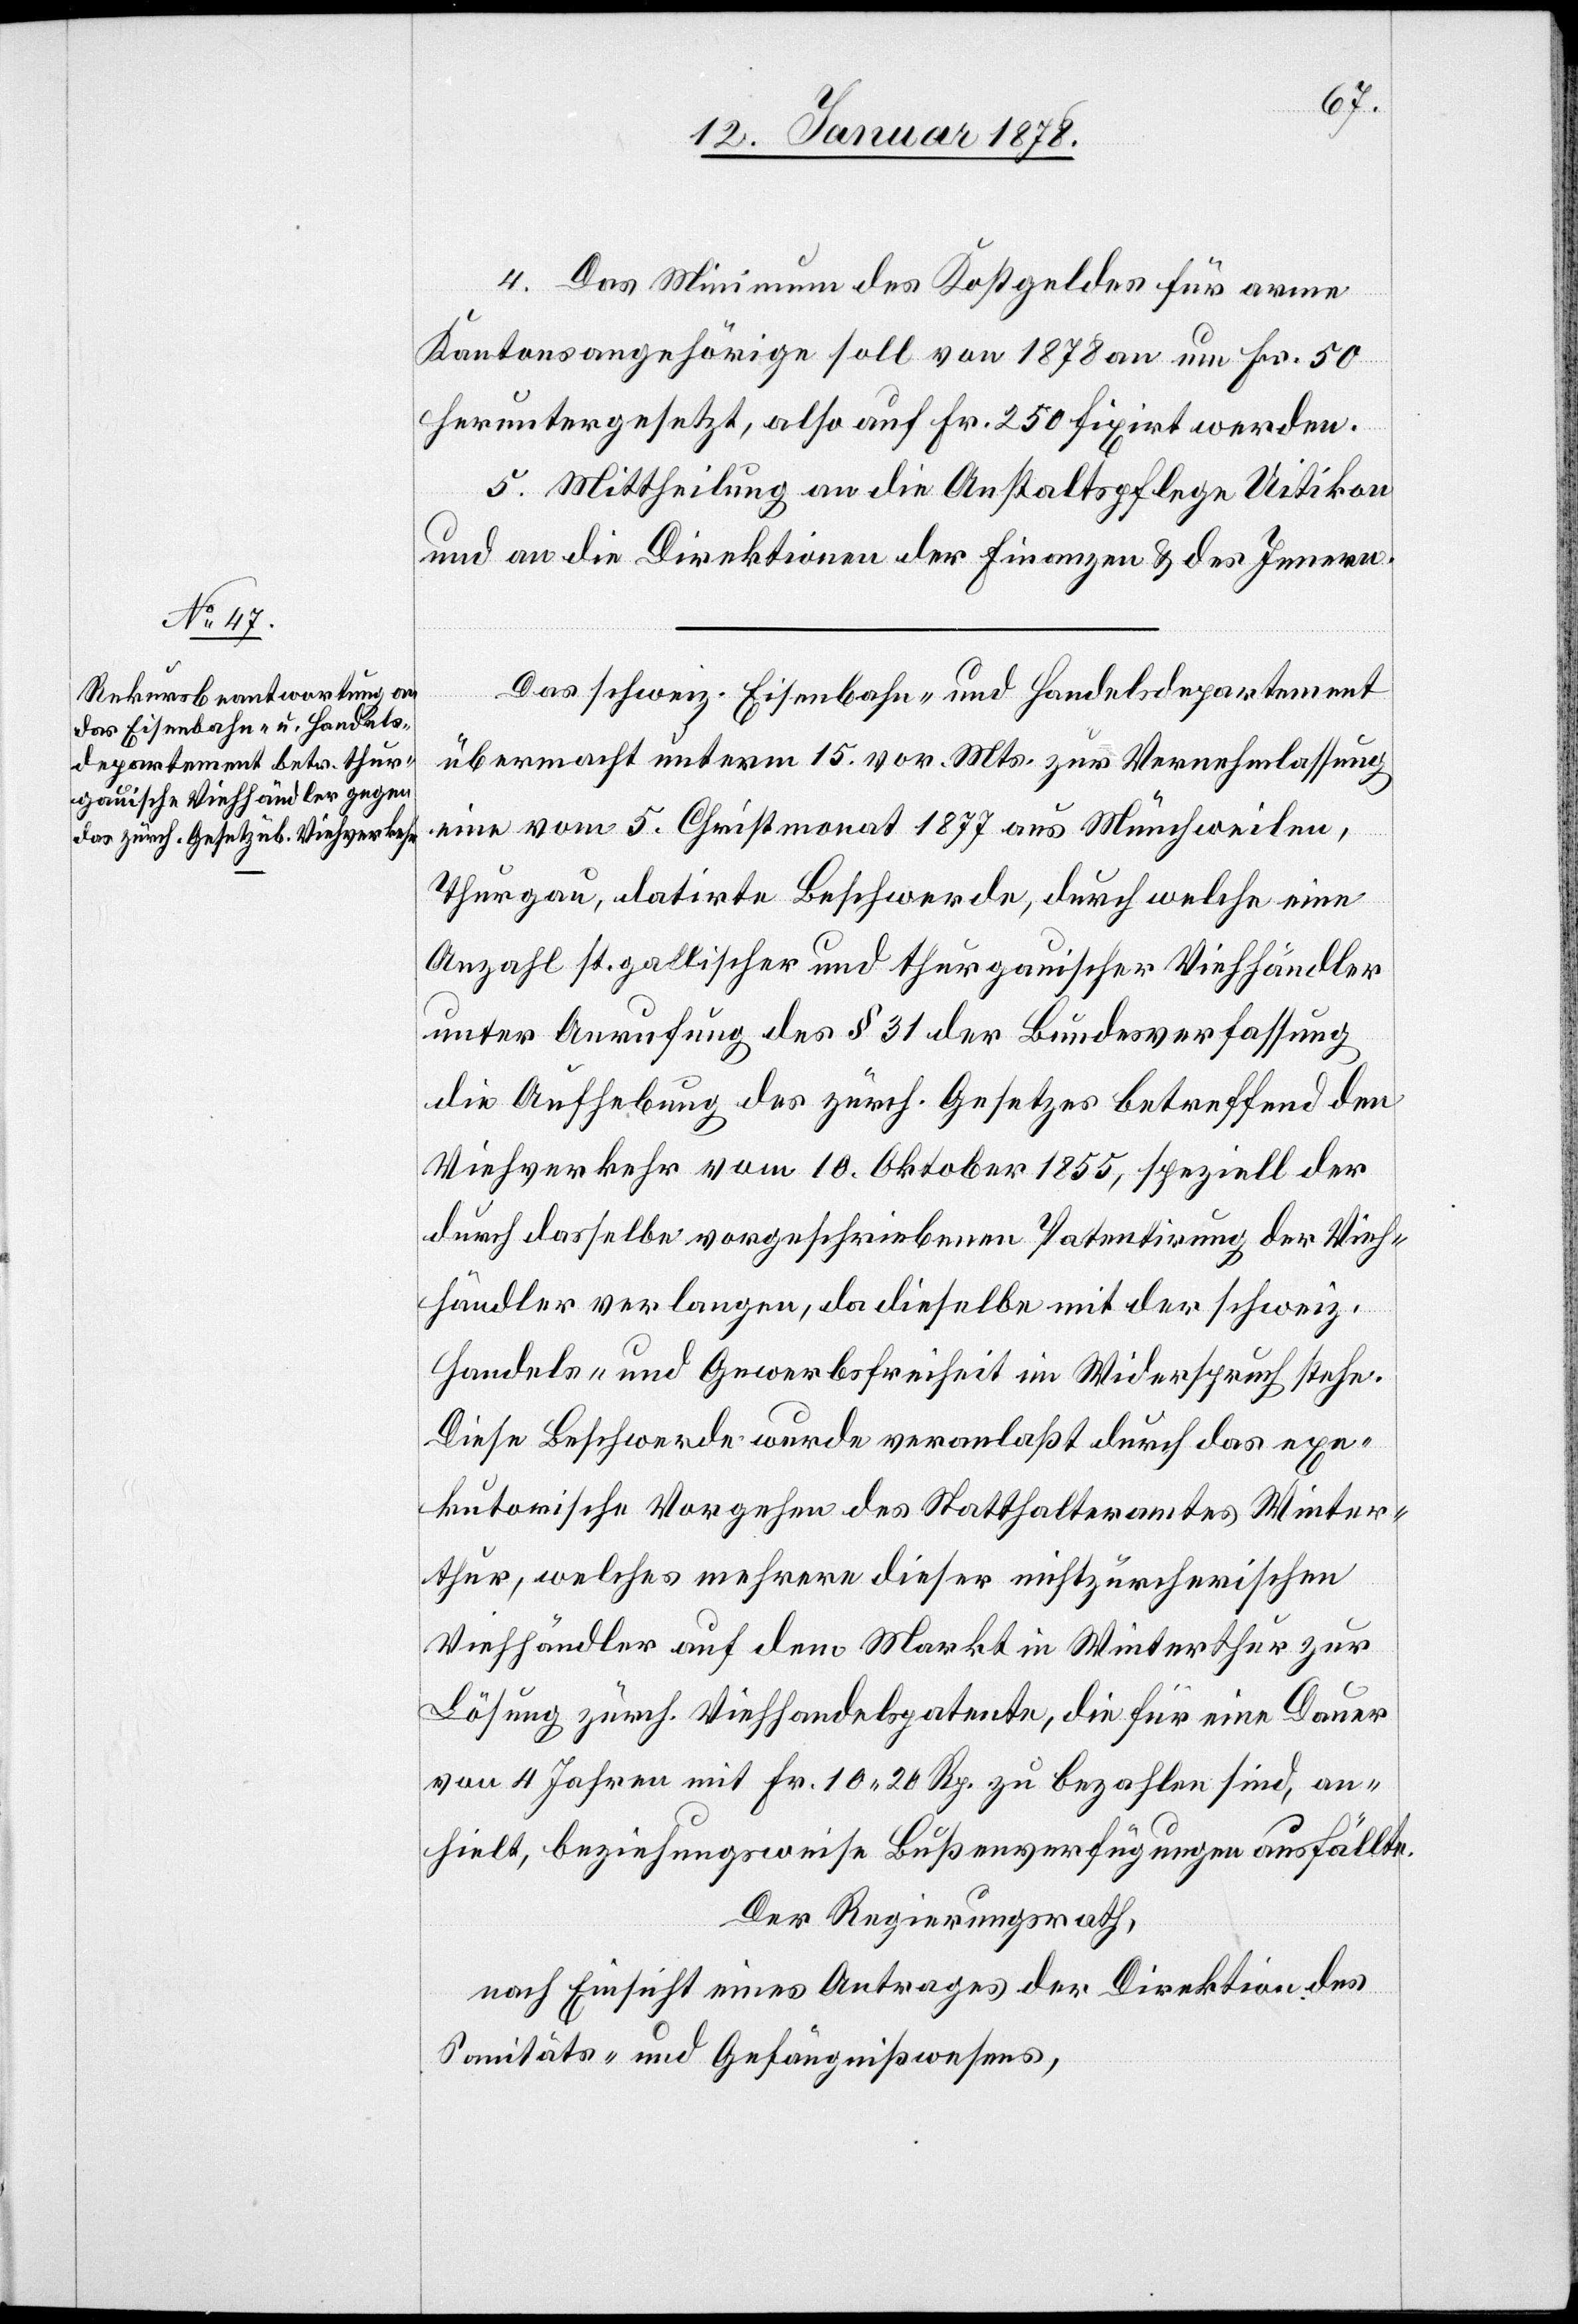
4. Das Minimum des Kostgeldes für arme
Kantonsangehörige soll von 1878 an um Fr. 50
heruntergesetzt, also auf Fr. 250 fixirt werden.
5. Mittheilung an die Anstaltspflege Uitikon
und an die Direktion der Finanzen & des Innern.
Das schweiz. Eisenbahn- und Handelsdepartement
übermacht unterm 15. vor. Mts. zur Vernehmlassung
eine vom 5. Christmonat 1877 aus Münchweilen,
Thurgau, datirte Beschwerde, durch welche eine
Anzahl st. gallischer und thurgauischer Viehhändler
unter Anrufung des § 31 der Bundesverfassung
die Aufhebung des zürch. Gesetzes betreffend den
Viehverkehr vom 10. Oktober 1855, speziell der
durch dasselbe vorgeschriebenen Patentirung der Vieh¬
händler verlangen, da dieselbe mit der schweiz.
Handels- und Gewerbsfreiheit im Widerspruch stehe.
Diese Beschwerde wurde veranlaßt durch das exe¬
kutarische Vorgehen des Statthalteramtes Winter¬
thur, welches mehrere dieser nichtzürcherischen
Viehhändler auf dem Markt in Winterthur zur
Lösung zürch. Viehhandelspatente, die für eine Dauer
von 4 Jahren mit Fr. 10. 20 Rp. zu bezahlen sind, an¬
hielt, beziehungsweise Bußenverfügungen ausfällte.
Der Regierungsrath,
nach Einsicht eines Antrages der Direktion des
Sanitäts- und Gefängnißwesens,